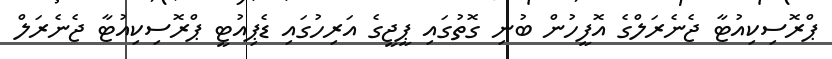
ޕްރޮސިކިއުޓާ ޖެނެރަލްގެ އޮފީހުން ބުނި ގޮތުގައި ޕީޖީގެ އަރިހުގައި ޑެޕިއުޓީ ޕްރޮސިކިއުޓާ ޖެނެރަލް